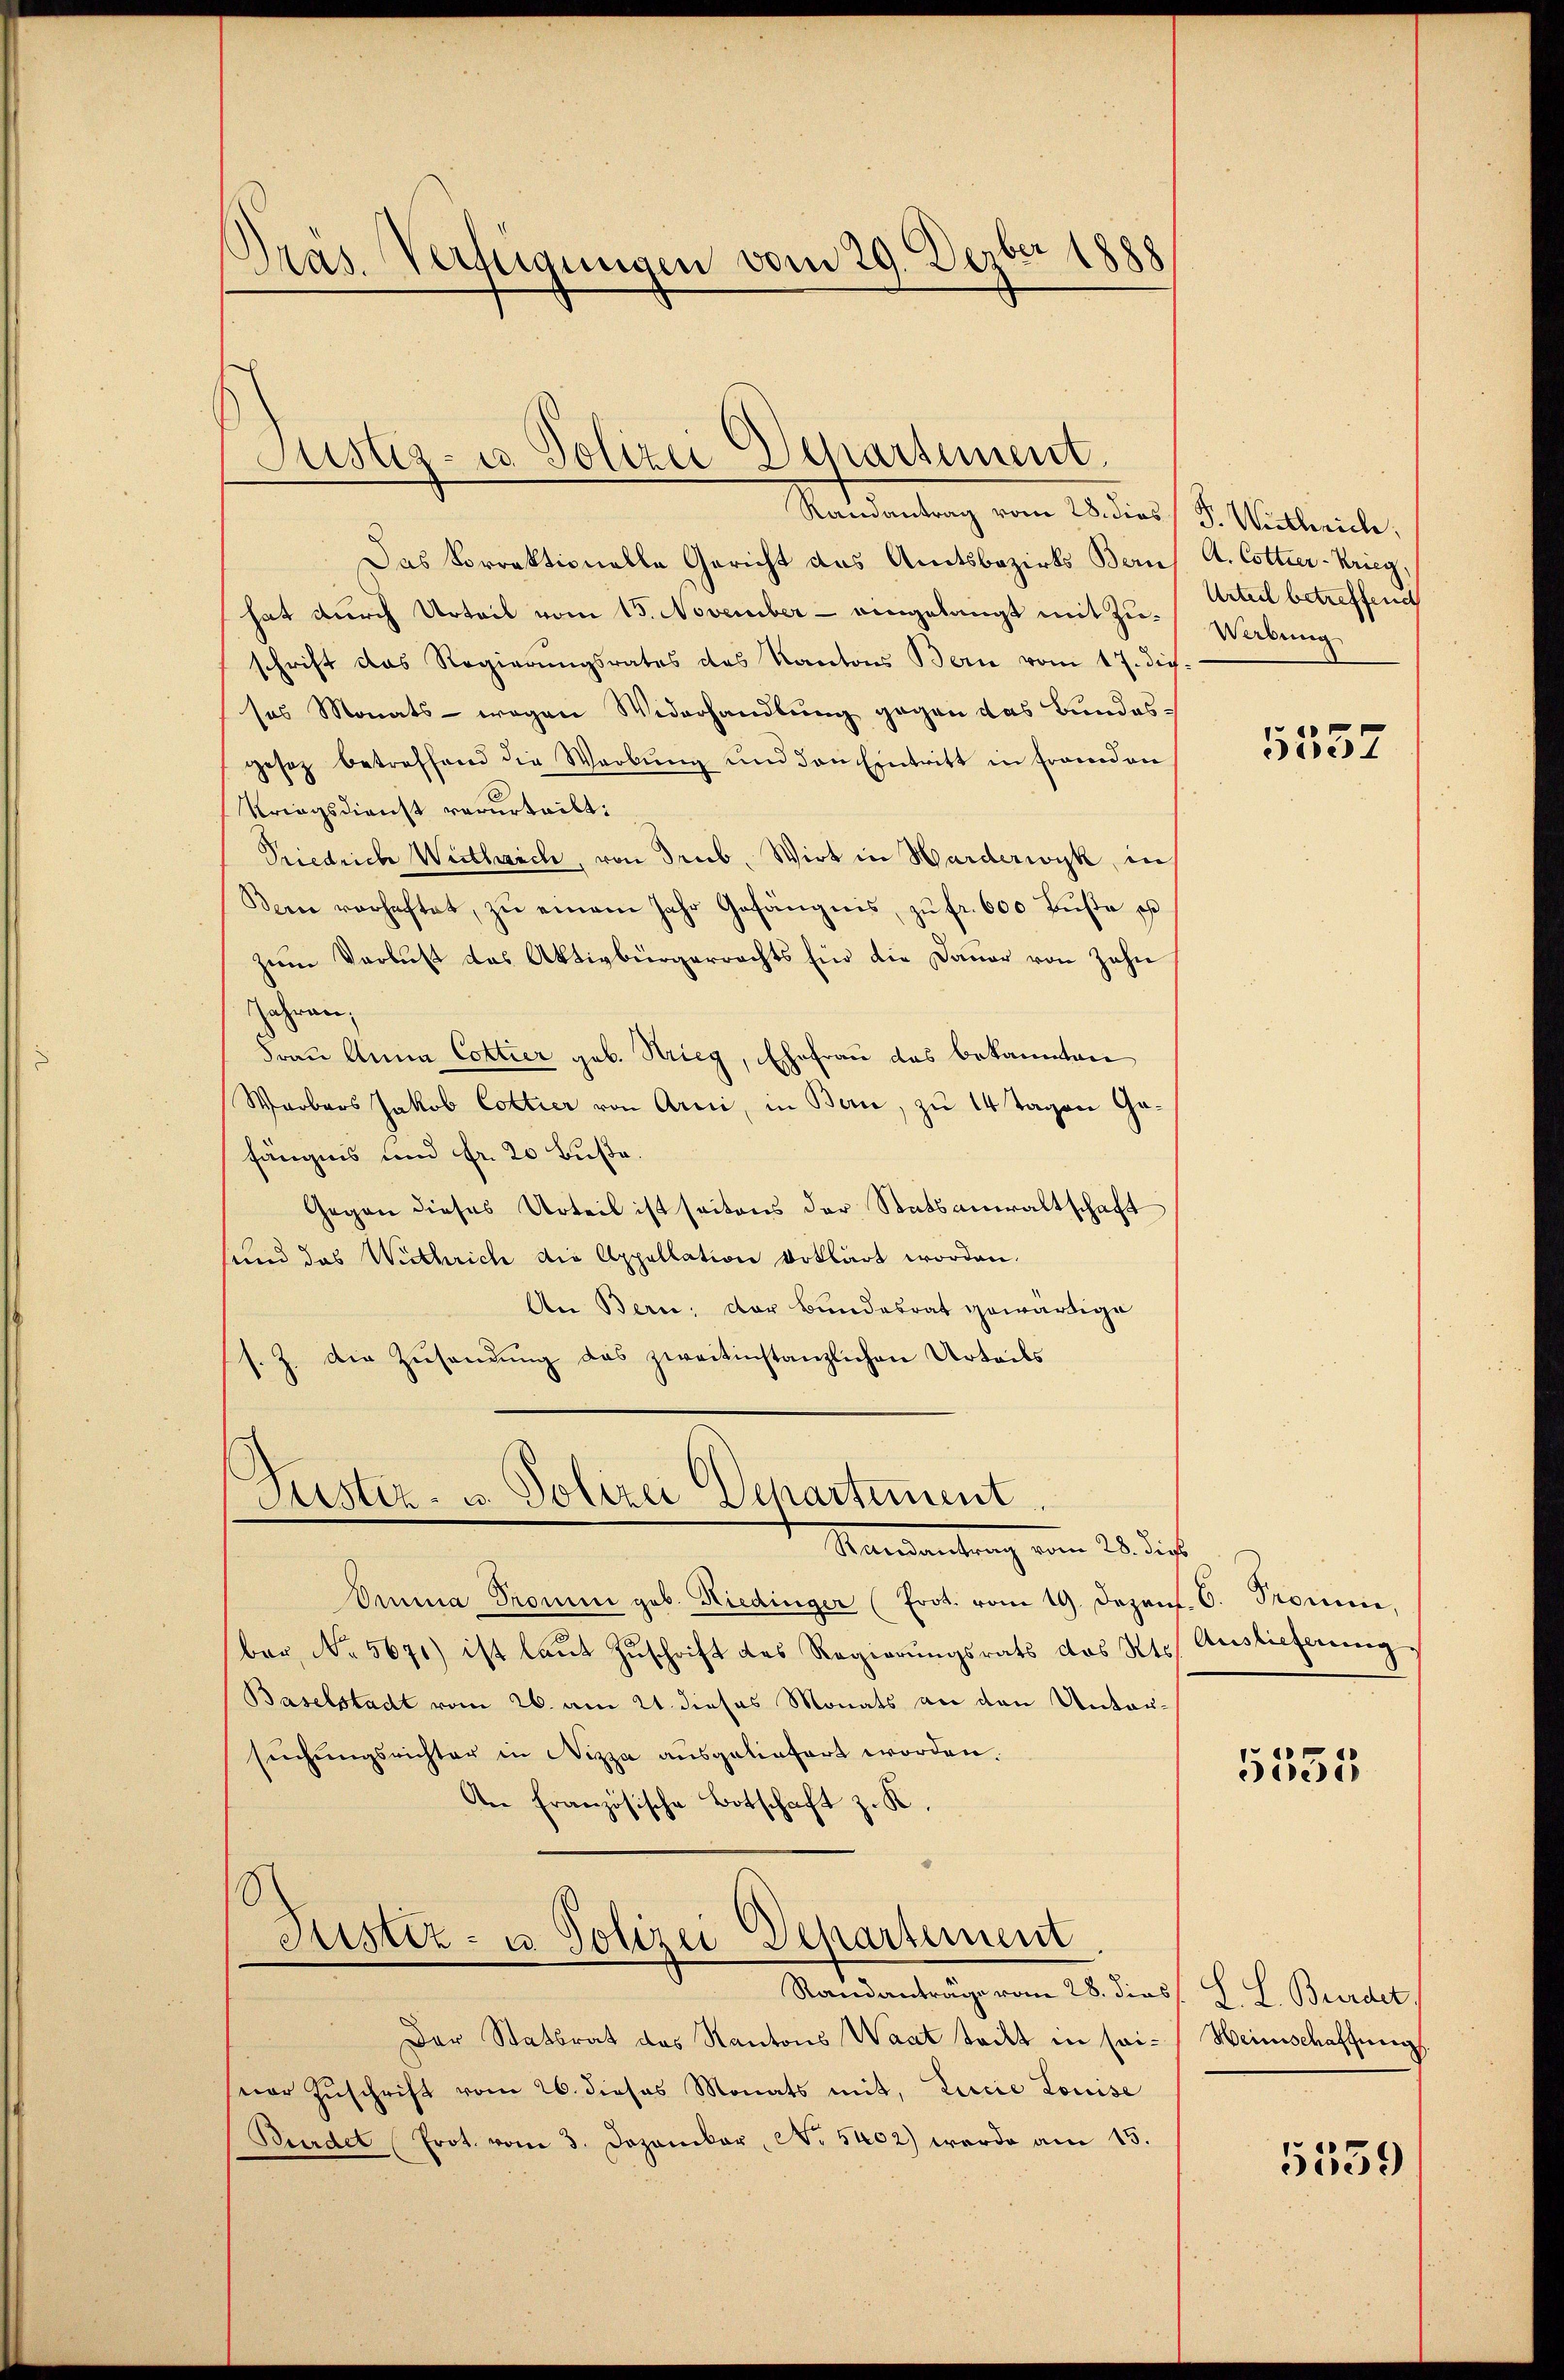
Präs. Verfügungen vom 29. Dezber 1888

Justiz- u. Polizei Departement.

Randantrag vom 28. dies P. Wirthrich,
Das Vorrektionelle Gericht das Amtsbezirks Bons A. Cottier-Krieg,
hat durch Urteil vom 15. November - eingelangt mit Zuschrift das Regierungsrates des Kantons Bern vom 17. dich.
ses Monats - wegen Widerhandlung gegen das Bundesgesez betreffend die Warbŭng und den Eintritt in Frandon
Kriegsdienst verurteilt:
Priedrich Wirthlich, von drub. Wirt in Harderwyk, in
Bern verhaftet, zŭ einem Jahr Gefängnis, zŭ fr. 600 Bŭβe es
zum Verlust das Aktivbürgerrechts für die Dauer von Zahn
ahren,
Frau Anna Cottier geb. Strieg, Ehefrau das bekannten
Warbars Jakob Cottier von Arni, in Bern, zu 14 Tagen Gafängnis und Fr. 20 Buße.
Gegen dieses Urteil ist seitens der Statsanwaltschaft
sund das Wichrich die Appellation erklärt worden.
An Bern; der Bundesrat gewärtige
s. Z. die Zusendung das zweitinstanzlichen Urteils

Puster- u. Polizei Departement.
Mandantrag vom 28 des

Omma Promen geb. Hiedinger (Erot. vom 19. Dezens. 6. Promme.
ber, No 5671) ist laŭt Zŭschrift des Regierungsrats des Kts. Auslieferung
Baselstadt vom 26. am 21. dieses Monats an den Untersuchungsrichter in Nizza ausgeliefert worden.
An Französische Botschaft z. K.
Justiz- u. Polizei Departement
Standanträge vom 28. dies S. L. Bürdet
Der Statbrat des Kantons Waat tritt in sei-Weinschaffung
ser Zŭschrift vom 26. dieses Monats mit, Lucia Louise
Burdel Prot. vom 3. Dezember, No 5402) werde am 15.

Urteil betreffend
Werbung

5557

5555

5559